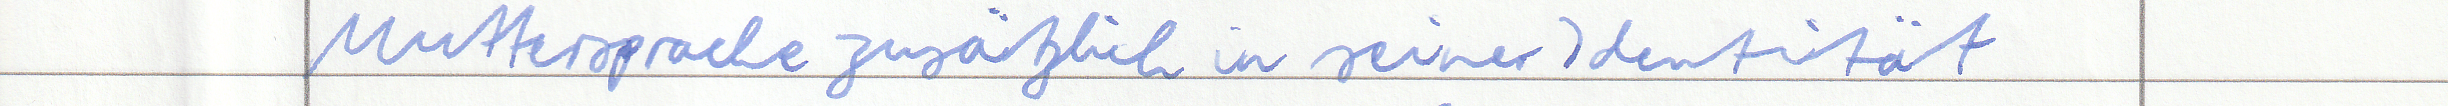
Muttersprache zusätzlich in seiner Indentität